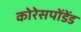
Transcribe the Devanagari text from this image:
कोरेसपोंडेंड